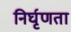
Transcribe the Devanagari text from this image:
निर्घृणता